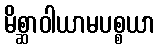
မိစ္ဆာဝါယာမပစ္စယာ